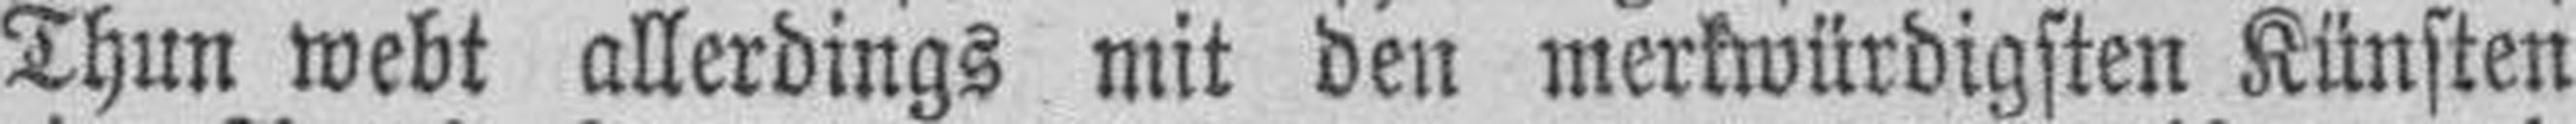
Thun webt allerdings mit den merkwürdigsten Künsten